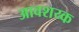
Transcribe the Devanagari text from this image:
आवशय्क